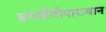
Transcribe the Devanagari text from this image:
हयग्रीवोपाख्यान